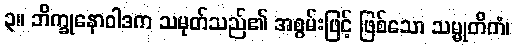
၃။ ဘိက္ခုနောဝါဒက သမုတ်သည်၏ အစွမ်းဖြင့် ဖြစ်သော သမ္မုတိကံ၊